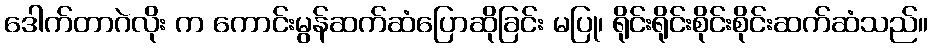
ဒေါက်တာဂဲလိုး က ကောင်းမွန်ဆက်ဆံပြောဆိုခြင်း မပြု၊ ရိုင်းရိုင်းစိုင်းစိုင်းဆက်ဆံသည်။